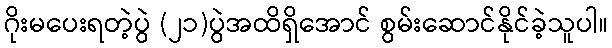
ဂိုးမပေးရတဲ့ပွဲ (၂၁)ပွဲအထိရှိအောင် စွမ်းဆောင်နိုင်ခဲ့သူပါ။